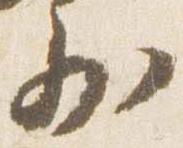
少